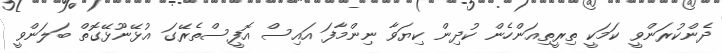
ދެންކުރަންވީ ކަމަކީ ތިރީތިއަންހެން ކުދިން ކިޔަވާ ނިންމާފަ އައިސް އޮފީސްތެރޭގަ އުޅޭނޫޅޭގޮތް ބަލަންވީ